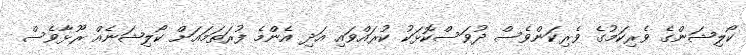
ކޯލިޝަންގެ ވެރިކަމުގެ ވެރިކަންވެސް ދުވަސްކޮޅަކު ކުރައްވައި އަދި އެންމެ ފުރަތަމައަށް ކޯލިޝަނެއް ރޫޅާވެސް